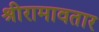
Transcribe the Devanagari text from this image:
श्रीरामावतार